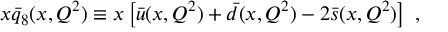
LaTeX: x \bar { q } _ { 8 } ( x , Q ^ { 2 } ) \equiv x \left[ \bar { u } ( x , Q ^ { 2 } ) + \bar { d } ( x , Q ^ { 2 } ) - 2 \bar { s } ( x , Q ^ { 2 } ) \right] \ ,